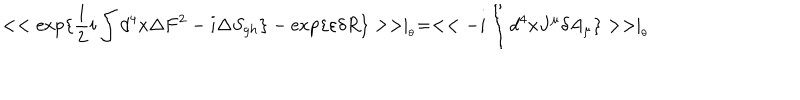
< < \exp \{ \frac { 1 } { 2 } i \int d ^ { 4 } x \Delta F ^ { 2 } - i \Delta S _ { g h } \} - \exp \{ \varepsilon \delta R \} > > \mid _ { _ { \theta } } = < < - i \int d ^ { 4 } x J ^ { \mu } \delta A _ { \mu } \} > > \mid _ { _ { \theta } }